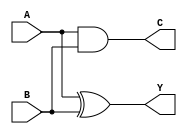
module HALF_ADDER(Y,C,A,B);
output Y,C;
input A,B;

// TBD
// xor gate
xor inst1(Y,A,B);
// and gate
and inst2(C,A,B);

endmodule